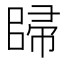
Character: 𱀠